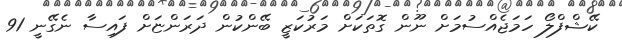
ކޭޝްފްލޯ ހަމަޖެއްސުމަށް ނޫން ގޮތަކަށް މަރުކަޒީ ބޭންކުން ދަރަންޏަށް ފައިސާ ނެގޭނީ 91